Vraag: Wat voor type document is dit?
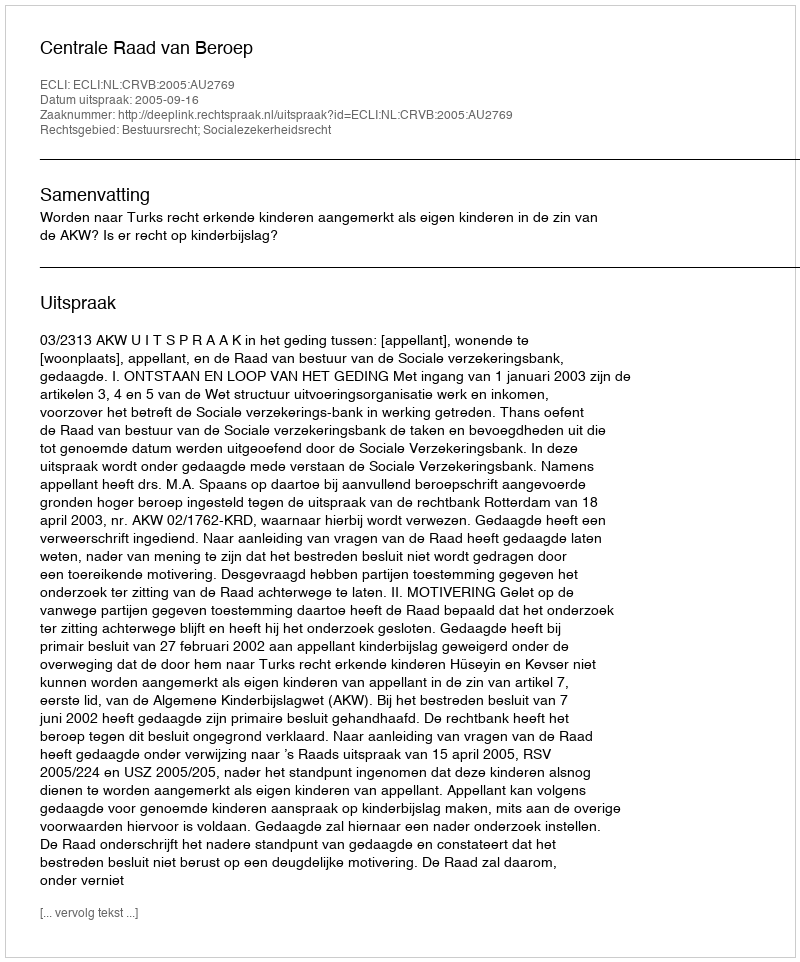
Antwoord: Uitspraak